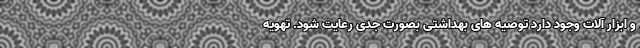
و ابزار آلات وجود دارد توصیه های بهداشتی بصورت جدی رعایت شود. تهویه